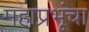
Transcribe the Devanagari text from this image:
महाप्रभूंचा